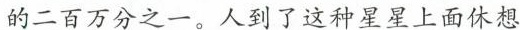
的二百万分之一。人到了这种星星上面休想